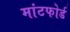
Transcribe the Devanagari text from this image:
मांटफोर्ड